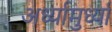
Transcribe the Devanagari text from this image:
अर्ध्यामुर्ध्या